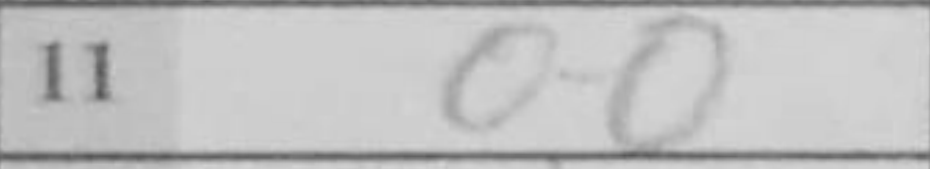
Transcription: O-O